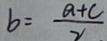
b = \frac { a + c } { 2 }